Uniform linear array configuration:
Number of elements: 32
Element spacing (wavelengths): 1
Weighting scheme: kaiser
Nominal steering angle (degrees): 60
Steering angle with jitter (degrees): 61.016
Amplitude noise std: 0.05
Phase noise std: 0.05

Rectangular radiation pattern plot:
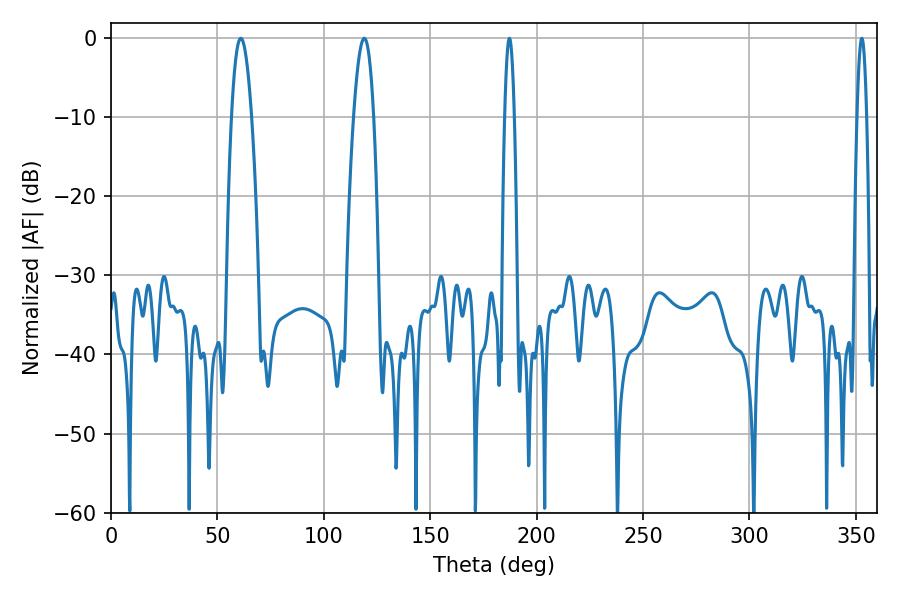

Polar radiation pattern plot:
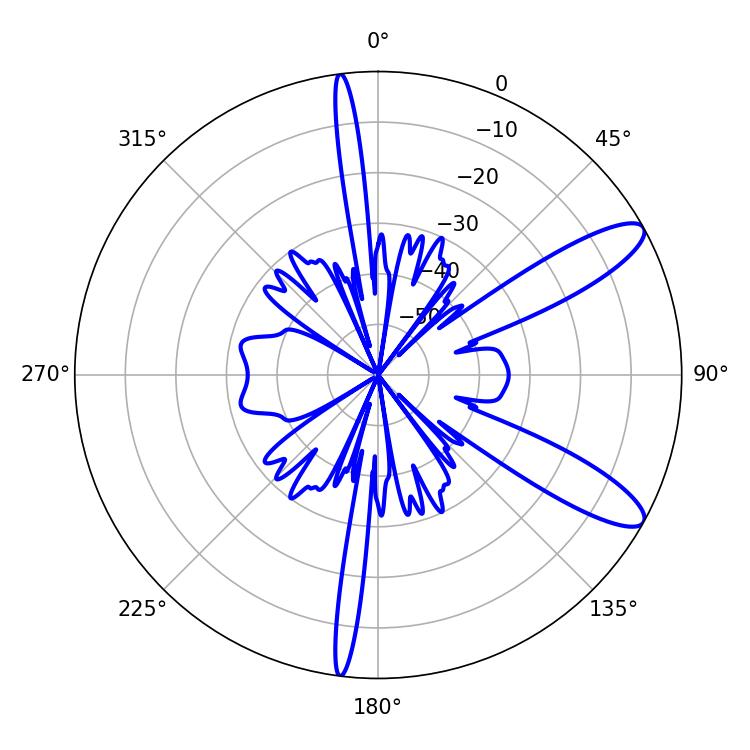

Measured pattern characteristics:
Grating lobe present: TRUE
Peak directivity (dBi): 10.986
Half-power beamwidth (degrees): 2.52
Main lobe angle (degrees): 187.2